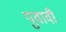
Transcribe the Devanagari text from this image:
पुवावी